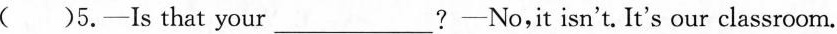
( )5.—Is that your___?—No,it isn't. It's our classroom.